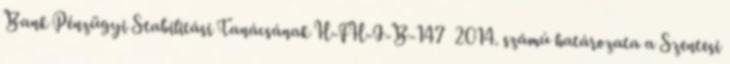
Bank Pénzügyi Stabilitási Tanácsának H-FH-I-B-147 2014. számú határozata a Szentesi